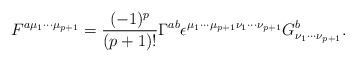
\begin{align*}F^{a{\mu}_{1}{\cdots}{\mu}_{p+1}}=\frac{(-1)^p}{(p+1)!}{\Gamma}^{ab}{\epsilon}^{{\mu}_{1}{\cdots}{\mu}_{p+1}{\nu}_{1}{\cdots}{\nu}_{p+1}}G^{b}_{{\nu}_{1}{\cdots}{\nu}_{p+1}}.\end{align*}